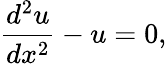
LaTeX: {\frac{d^{2}u}{dx^{2}}}-u=0,